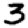
Digit: 3